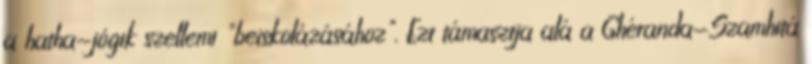
a hatha-jógik szellemi "beiskolázásához". Ezt támasztja alá a Ghéranda-Szamhitá